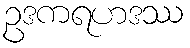
ဥဒကရဟဒဿ